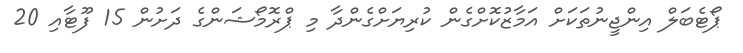
ޕޯޓެބަލް އިންޖީނުތަކަށް އަމާޒުކޮށްގެން ކުރިޔަށްގެންދާ މި ޕްރޮމޯޝަންގެ ދަށުން 15 ފޫޓާއި 20